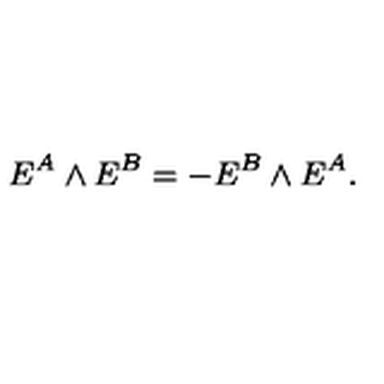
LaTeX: E ^ { A } \wedge E ^ { B } = - E ^ { B } \wedge E ^ { A } .